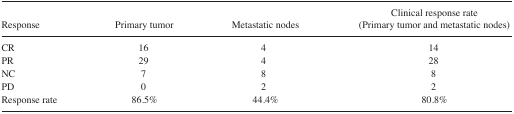
| Response | Primary tumor | Metastatic nodes | Clinical response rate (Primary tumor and metastatic nodes) |
 | --- | --- | --- | --- |
 | CR | 16 | 4 | 14 |
 | PR | 29 | 4 | 28 |
 | NC | 7 | 8 | 8 |
 | PD | 0 | 2 | 2 |
 | Response rate | 86.5% | 44.4% | 80.8% |